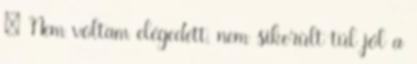
: Nem voltam elégedett, nem sikerült túl jól a